65_HS1-834228961_62-HQ-83894_Serial_438
Agency: FBI
Page 12
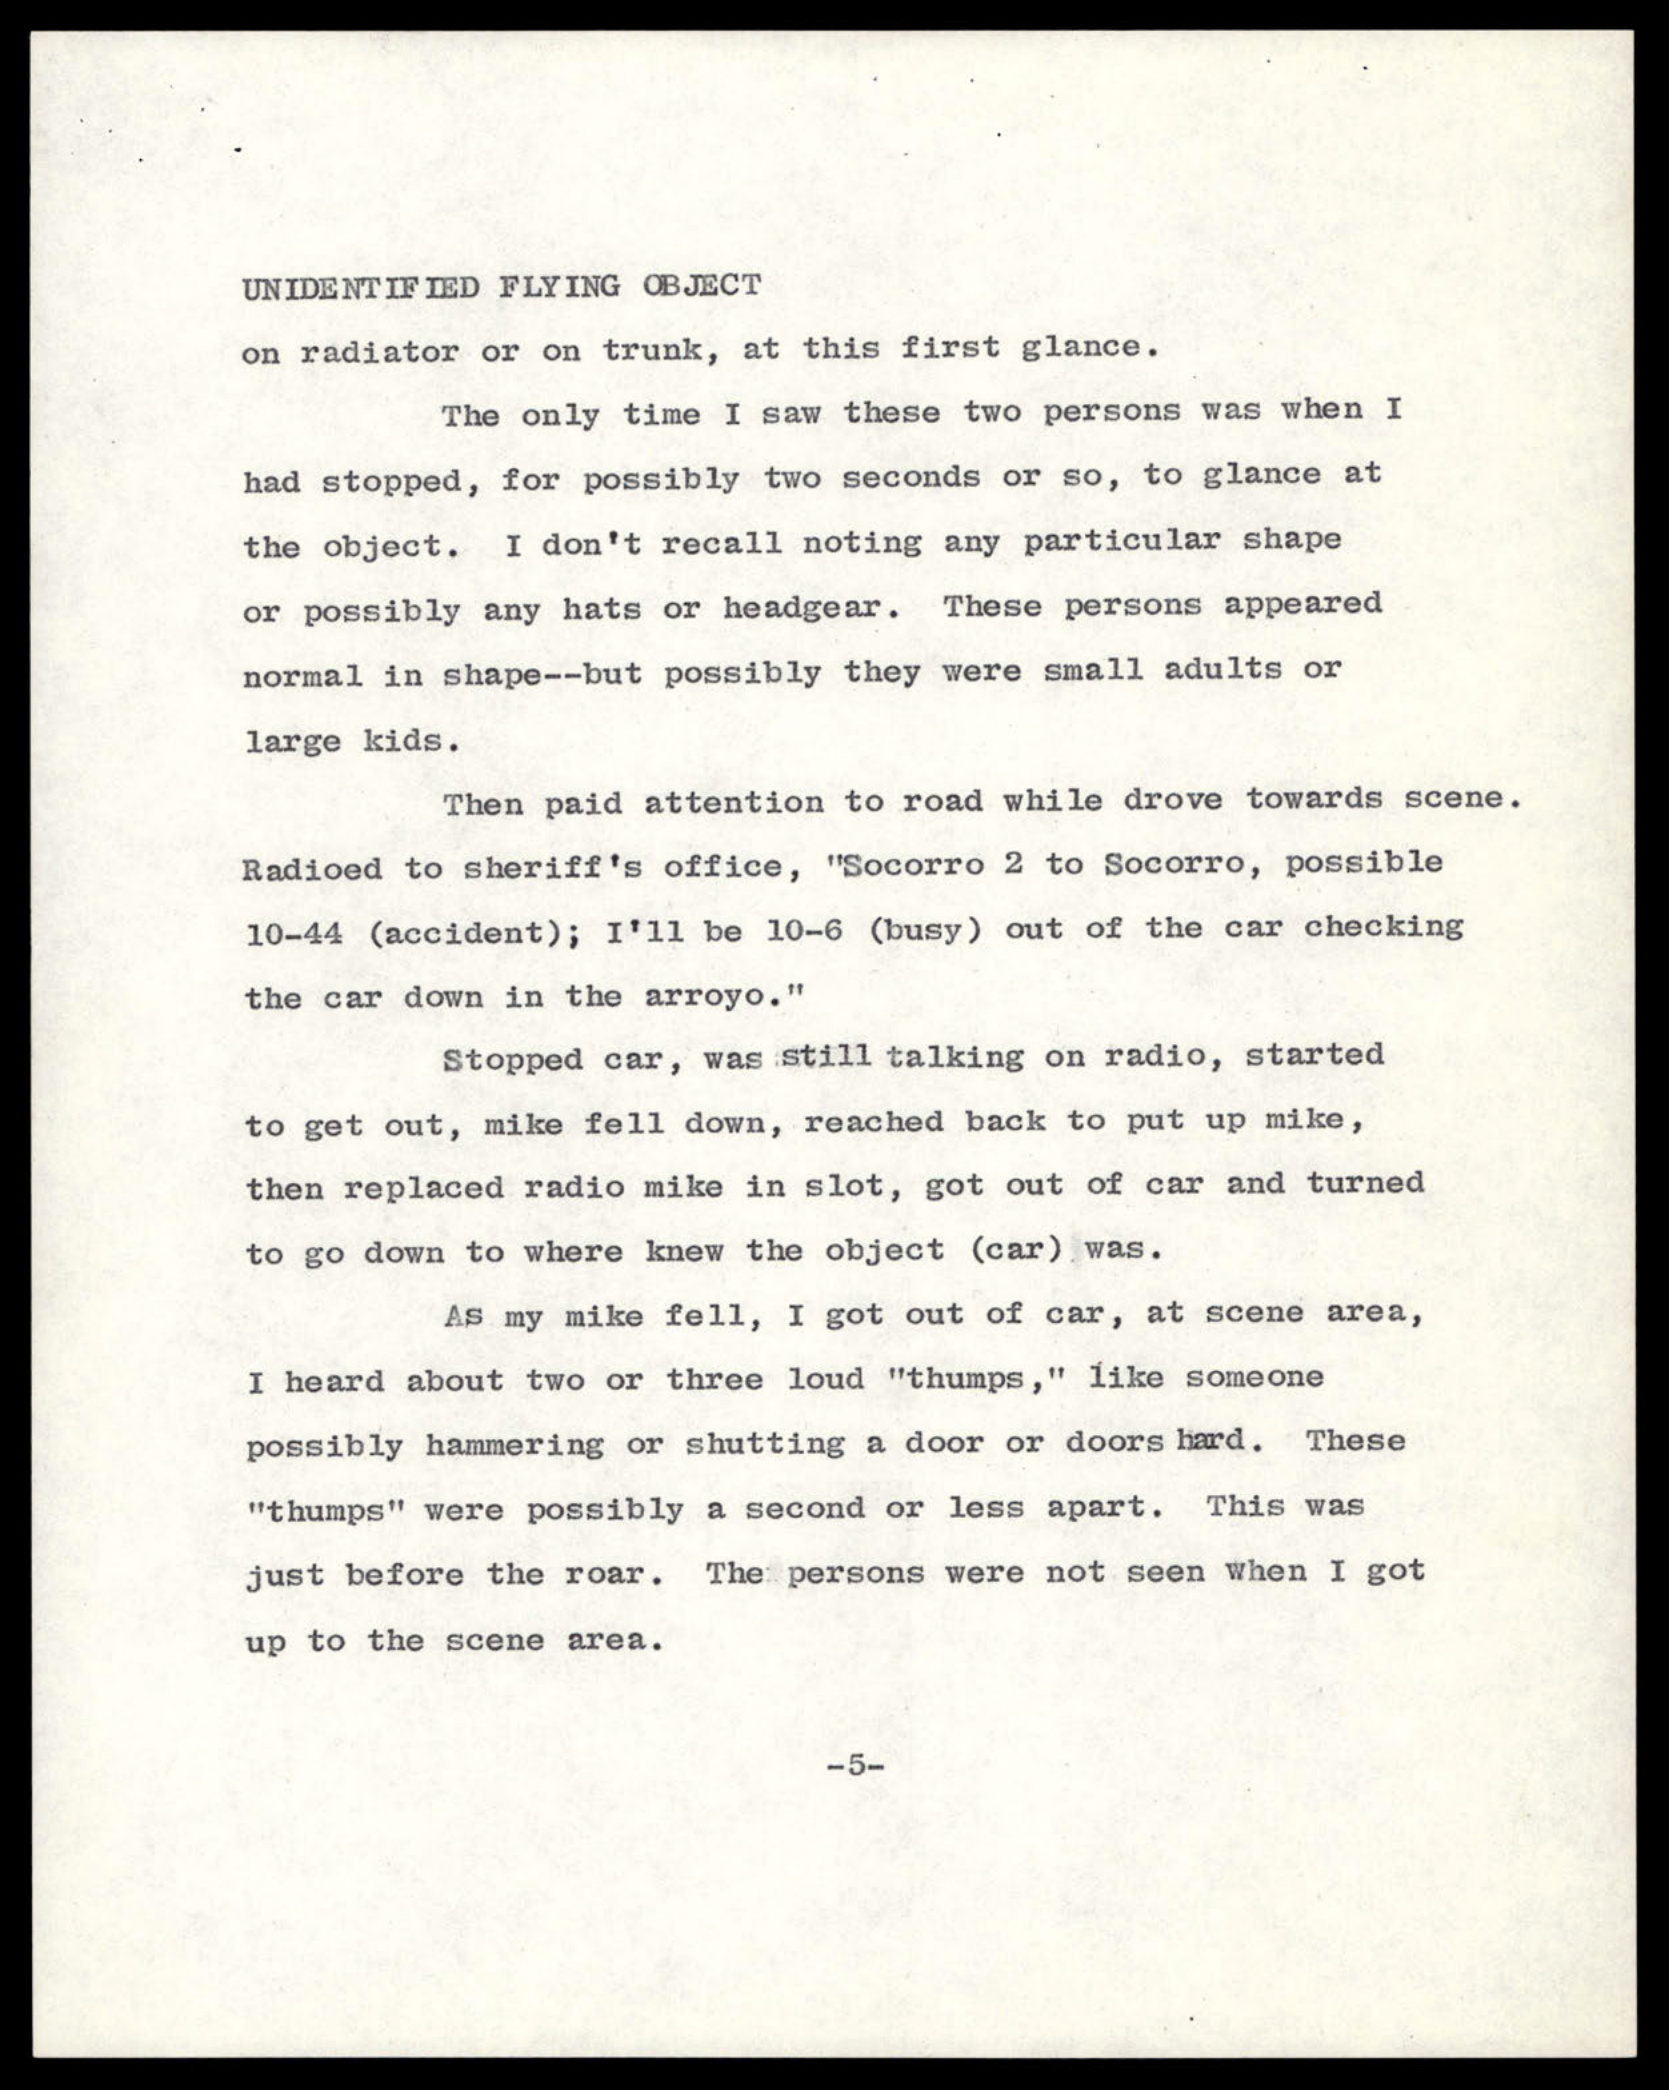